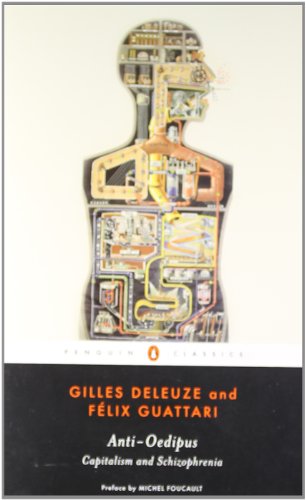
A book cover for Anti-Oedipus: Capitalism and Schizophrenia (Penguin Classics); Gilles Deleuze; Medical Books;